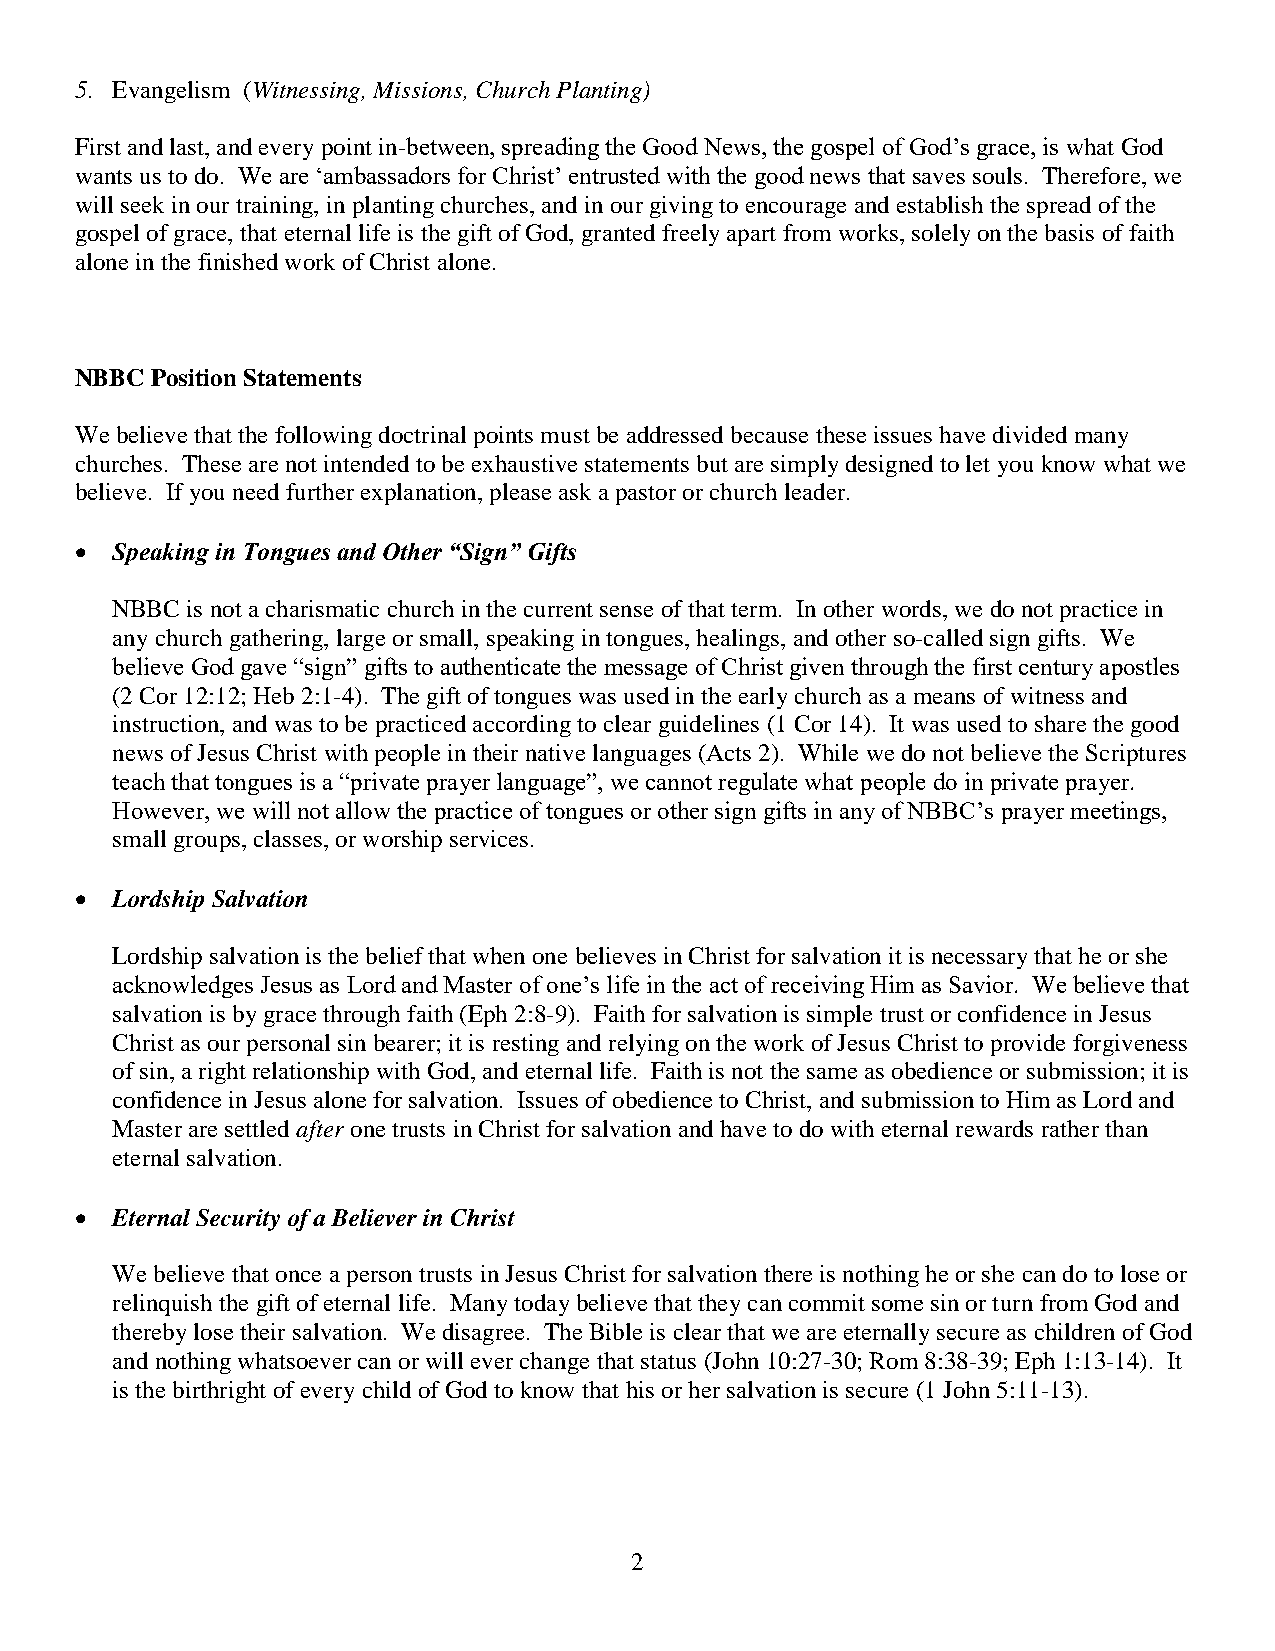
5. Evangelism (Witnessing, Missions, Church Planting)
 First and last, and every point in-between, spreading the Good News, the gospel of God’s grace, is what God
 wants us to do. We are ‘ambassadors for Christ’ entrusted with the good news that saves souls. Therefore, we
 will seek in our training, in planting churches, and in our giving to encourage and establish the spread of the
 gospel of grace, that eternal life is the gift of God, granted freely apart from works, solely on the basis of faith
 alone in the finished work of Christ alone.
 NBBC Position Statements
 We believe that the following doctrinal points must be addressed because these issues have divided many
 churches. These are not intended to be exhaustive statements but are simply designed to let you know what we
 believe. If you need further explanation, please ask a pastor or church leader.
 • Speaking in Tongues and Other “Sign” Gifts
 NBBC is not a charismatic church in the current sense of that term. In other words, we do not practice in
 any church gathering, large or small, speaking in tongues, healings, and other so-called sign gifts. We
 believe God gave “sign” gifts to authenticate the message of Christ given through the first century apostles
 (2 Cor 12:12; Heb 2:1-4). The gift of tongues was used in the early church as a means of witness and
 instruction, and was to be practiced according to clear guidelines (1 Cor 14). It was used to share the good
 news of Jesus Christ with people in their native languages (Acts 2). While we do not believe the Scriptures
 teach that tongues is a “private prayer language”, we cannot regulate what people do in private prayer.
 However, we will not allow the practice of tongues or other sign gifts in any of NBBC’s prayer meetings,
 small groups, classes, or worship services.
 • Lordship Salvation
 Lordship salvation is the belief that when one believes in Christ for salvation it is necessary that he or she
 acknowledges Jesus as Lord and Master of one’s life in the act of receiving Him as Savior. We believe that
 salvation is by grace through faith (Eph 2:8-9). Faith for salvation is simple trust or confidence in Jesus
 Christ as our personal sin bearer; it is resting and relying on the work of Jesus Christ to provide forgiveness
 of sin, a right relationship with God, and eternal life. Faith is not the same as obedience or submission; it is
 confidence in Jesus alone for salvation. Issues of obedience to Christ, and submission to Him as Lord and
 Master are settled after one trusts in Christ for salvation and have to do with eternal rewards rather than
 eternal salvation.
 • Eternal Security of a Believer in Christ
 We believe that once a person trusts in Jesus Christ for salvation there is nothing he or she can do to lose or
 relinquish the gift of eternal life. Many today believe that they can commit some sin or turn from God and
 thereby lose their salvation. We disagree. The Bible is clear that we are eternally secure as children of God
 and nothing whatsoever can or will ever change that status (John 10:27-30; Rom 8:38-39; Eph 1:13-14). It
 is the birthright of every child of God to know that his or her salvation is secure (1 John 5:11-13).
 2